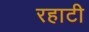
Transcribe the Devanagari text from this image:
रहाटी